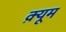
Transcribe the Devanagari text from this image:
क़्यूम